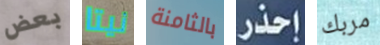
بعض نيتا بالثامنة إحذر مربك